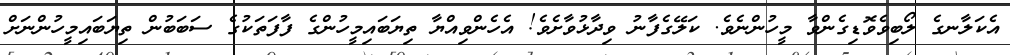
އެކަލާނގެ ލޯބިވެވޮޑިގެންވާ މީހުންނެވެ. ކަލޭގެފާނު ވިދާޅުވާށެވެ! އެހެންވިއްޔާ ތިޔަބައިމީހުންގެ ފާފަތަކުގެ ސަބަބުން ތިޔަބައިމީހުންނަށް